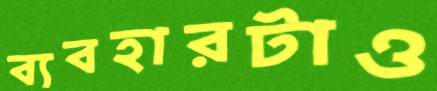
ব্যবহারটাও